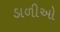
ડાળીઓ